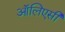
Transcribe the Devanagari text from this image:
ऑलिएसी